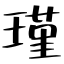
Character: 瑾